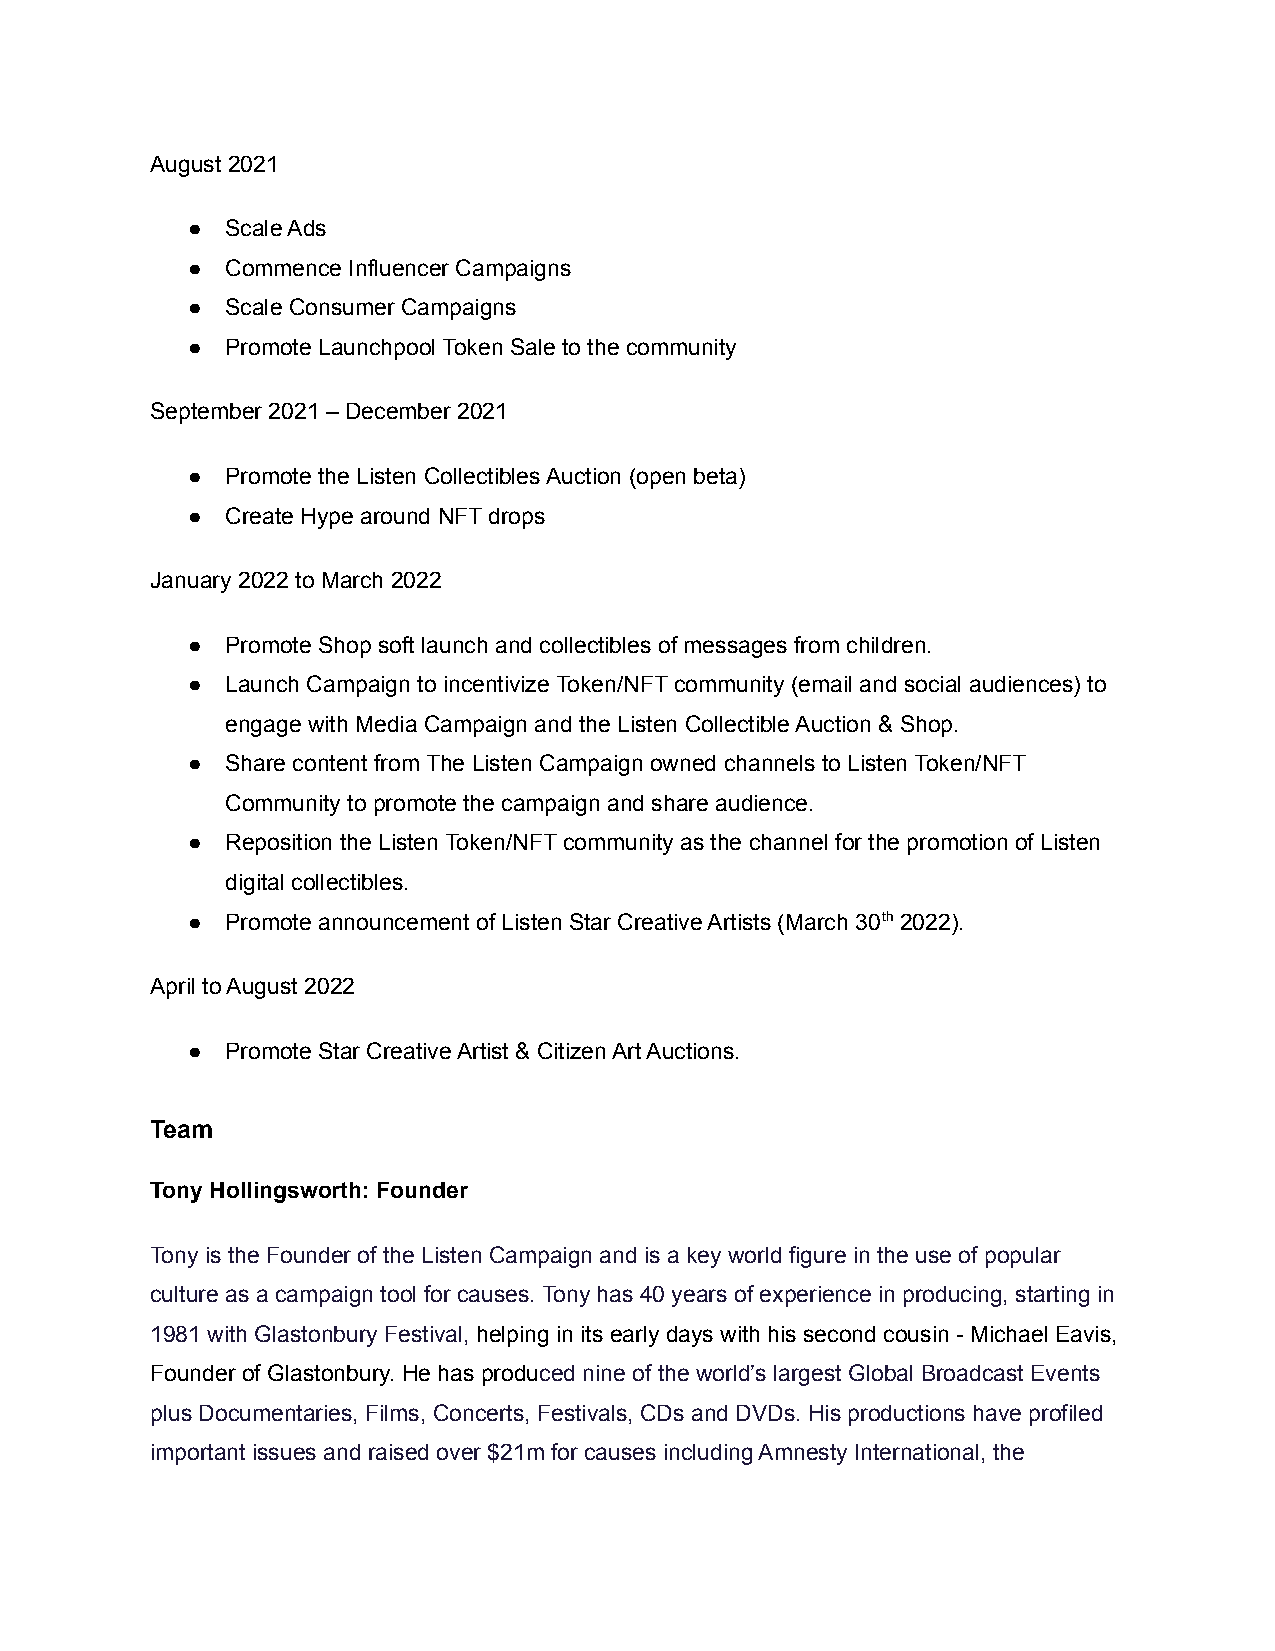
August 2021
 ●  Scale Ads
 ●  Commence Influencer Campaigns
 ●  Scale Consumer Campaigns
 ●  Promote Launchpool Token Sale to the community
 September 2021 – December 2021
 ●  Promote the Listen Collectibles Auction (open beta)
 ●  Create Hype around NFT drops
 January 2022 to March 2022
 ●  Promote Shop soft launch and collectibles of messages from children.
 ●  Launch Campaign to incentivize Token/NFT community (email and social audiences) to
 engage with Media Campaign and the Listen Collectible Auction & Shop.
 ●  Share content from The Listen Campaign owned channels to Listen Token/NFT
 Community to promote the campaign and share audience.
 ●  Reposition the Listen Token/NFT community as the channel for the promotion of Listen
 digital collectibles.
 ●  Promote announcement of Listen Star Creative Artists (March 30th 2022).
 April to August 2022
 ●  Promote Star Creative Artist & Citizen Art Auctions.
 Team
 Tony Hollingsworth: Founder
 Tony is the Founder of the Listen Campaign and is a key world figure in the use of popular
 culture as a campaign tool for causes. Tony has 40 years of experience in producing, starting in
 1981 with Glastonbury Festival, helping in its early days with his second cousin - Michael Eavis,
 Founder of Glastonbury. He has produced nine of the world’s largest Global Broadcast Events
 plus Documentaries, Films, Concerts, Festivals, CDs and DVDs. His productions have profiled
 important issues and raised over $21m for causes including Amnesty International, the